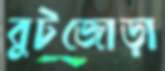
বুটজোড়া